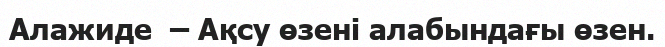
Алажиде  – Ақсу өзені алабындағы өзен.